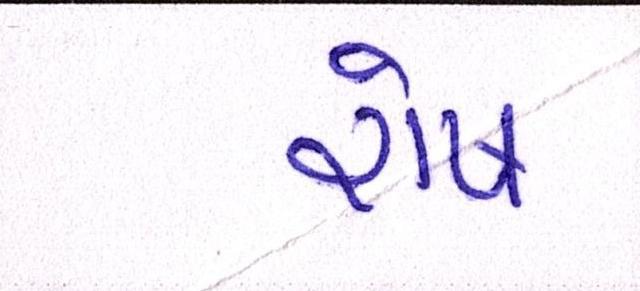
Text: રોષ